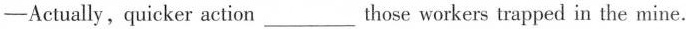
—Actually, quicker action___those workers trapped in the mine.